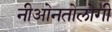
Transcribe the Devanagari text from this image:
नीओनतोलोगी